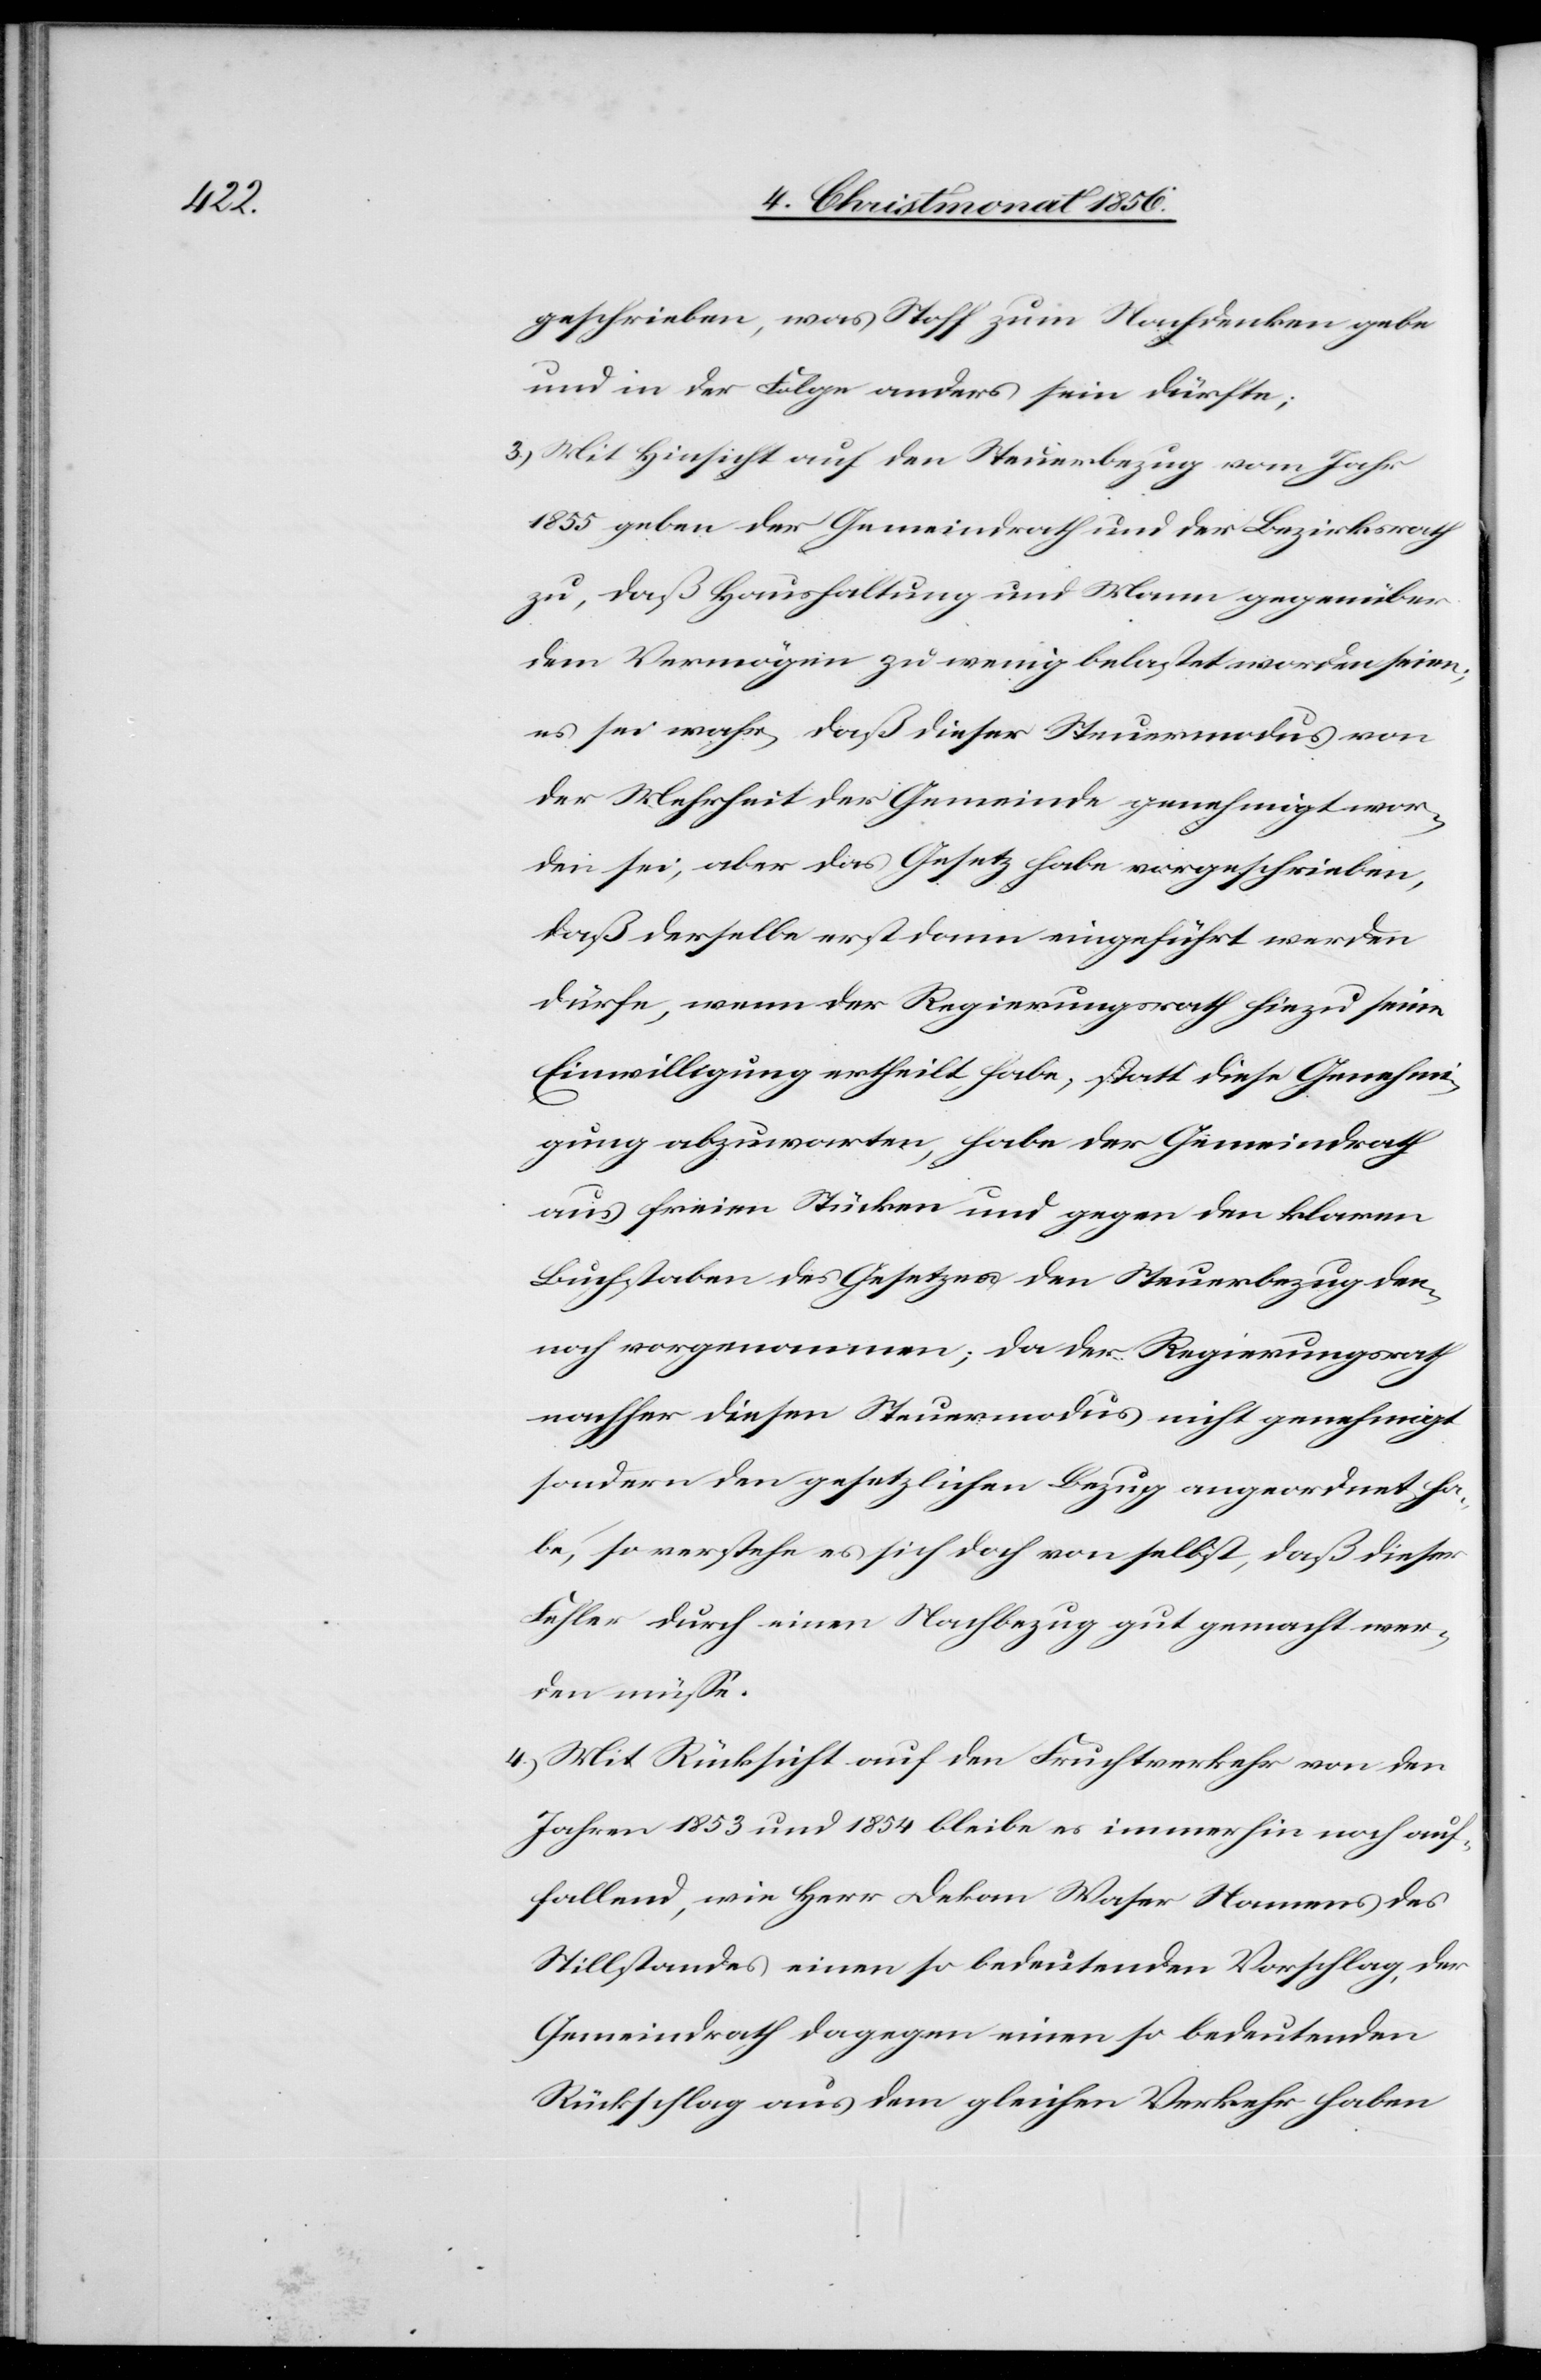
geschrieben, was Stoff zum Nachdenken gebe
und in der Folge anders sein dürfte;
3.) Mit Hinsicht auf den Steuerbezug vom Jahr
1855 geben der Gemeindrath und der Bezirksrath
zu, daß Haushaltung und Mann gegenüber
dem Vermögen zu wenig belastet worden seien;
es sei wahr, daß dieser Steuermodus von
der Mehrheit der Gemeinde genehmigt wor¬
den sei, aber das Gesetz habe vorgeschrieben,
daß derselbe erst dann eingeführt werden
dürfe, wenn der Regierungsrath hiezu seine
Einwilligung ertheilt habe; statt diese Genehmi¬
gung abzuwarten, habe der Gemeindrath
aus freien Stücken und gegen den klaren
Buchstaben des Gesetzes den Steuerbezug den¬
noch vorgenommen; da der Regierungsrath
nachher diesen Steuermodus nicht genehmigt
sondern den gesetzlichen Bezug angeordnet ha¬
be, so verstehe es sich doch von selbst, daß dieser
Fehler durch einen Nachbezug gut gemacht wer¬
den müsse.
4.) Mit Rücksicht auf den Fruchtverkehr von den
Jahren 1853 und 1854 bleibe es immerhin noch auf¬
fallend, wie Herr Dekan Waser Namens des
Stillstandes einen so bedeutenden Vorschlag, der
Gemeindrath dagegen einen so bedeutenden
Rückschlag aus dem gleichen Verkehr haben